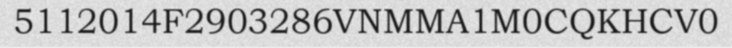
5112014F2903286VNMMA1M0CQKHCV0